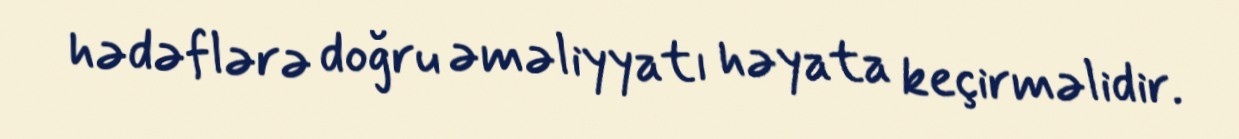
hədəflərə doğru əməliyyatı həyata keçirməlidir.